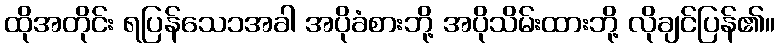
ထိုအတိုင်း ရပြန်သေ၁အခါ အပိုခံစားဘို့ အပိုသိမ်းထားဘို့ လိုချင်ပြန်၏။